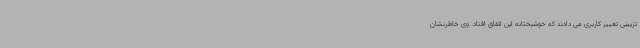
تزیینی تغییر کاربری می دادند که خوشبختانه این اتفاق افتاد. وی خاطرنشان